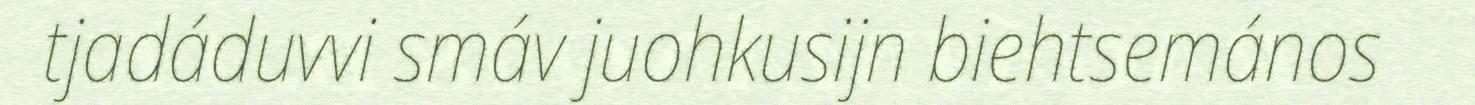
tjadáduvvi smáv juohkusijn biehtsemános